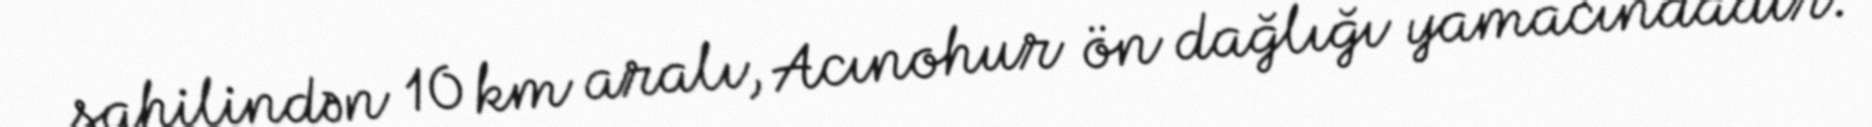
sahilindən 10 km aralı, Acınohur ön dağlığı yamacındadır.